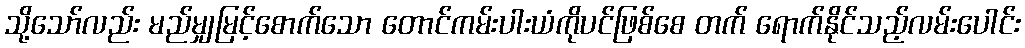
သို့သော်လည်း မည်မျှမြင့်စောက်သော တောင်ကမ်းပါးယံကိုပင်ဖြစ်စေ တက် ရောက်နိုင်သည့်လမ်းပေါင်း